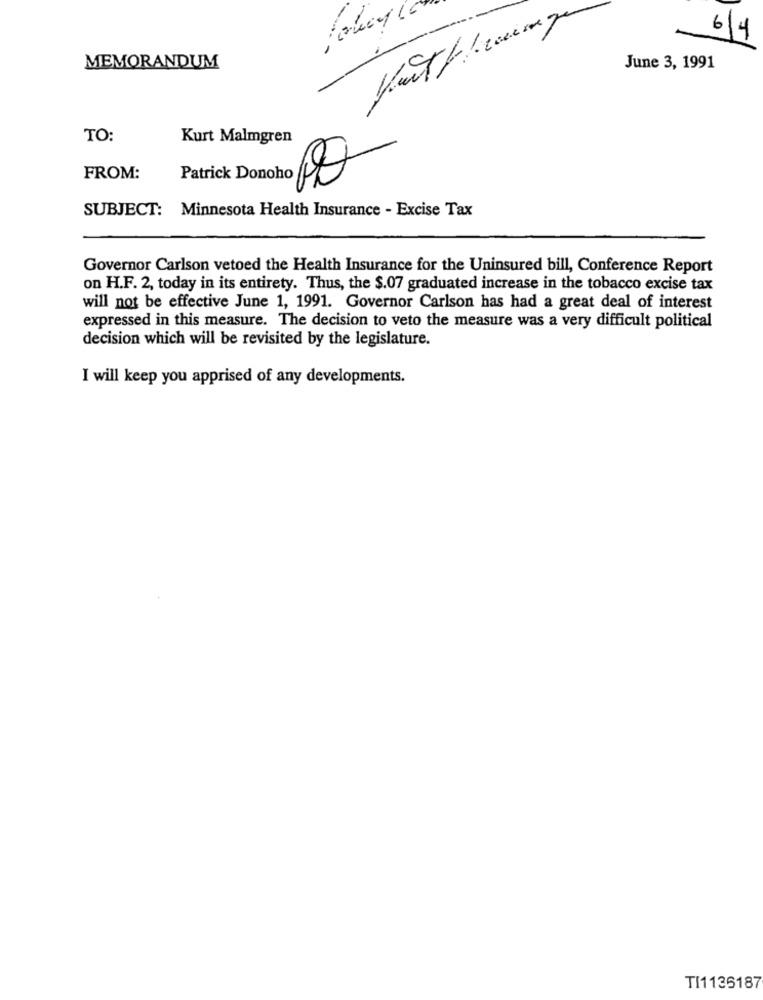
6/4
2. -
MEMORANDUM
June 3, 1991
TO:
Kurt Malmgren
FROM:
Patrick Donoho
SUBJECT: Minnesota Health Insurance - Excise Tax
Governor Carlson vetoed the Health Insurance for the Uninsured bill, Conference Report
on H.F. 2, today in its entirety. Thus, the $.07 graduated increase in the tobacco excise tax
will not be effective June 1, 1991. Governor Carlson has had a great deal of interest
expressed in this measure. The decision to veto the measure was a very difficult political
decision which will be revisited by the legislature.
I will keep you apprised of any developments.
TI1136187